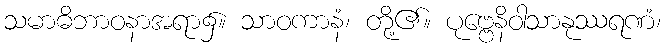
သမာဓိဘာဝနာအရာ၌။ သာဝကာနံ၊ တို့၏။ ပုဗ္ဗေနိဝါသာနုဿရဏံ၊